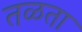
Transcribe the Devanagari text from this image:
तळता